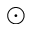
\odot